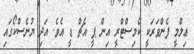
ޢިލްމީ ފެންވަރަކީ ކެމިސްޓްރީ އިން ޕީ އެޗް ޑީ އެވެ. އަދި ޔުނެސްކޯގައި